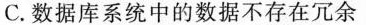
C.数据库系统中的数据不存在冗余